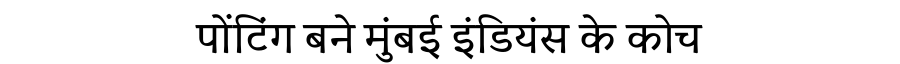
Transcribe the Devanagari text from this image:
पोंटिंग बने मुंबई इंडियंस के कोच